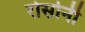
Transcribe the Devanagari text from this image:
रोसोनी